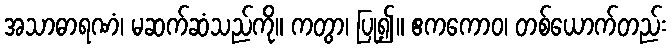
အသာဓာရဏံ၊ မဆက်ဆံသည်ကို။ ကတွာ၊ ပြု၍။ ဧကကောဝ၊ တစ်ယောက်တည်း